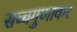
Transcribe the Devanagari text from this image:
सब्बगुणाकर